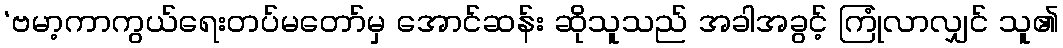
‘ဗမာ့ကာကွယ်ရေးတပ်မတော်မှ အောင်ဆန်း ဆိုသူသည် အခါအခွင့် ကြုံလာလျှင် သူ၏